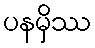
ပနမှိဿ